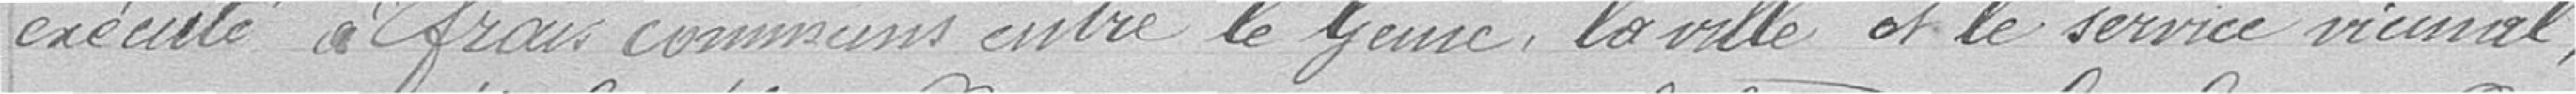
exécuté à frais communs entre le génie, la ville et le service vicinal ;